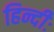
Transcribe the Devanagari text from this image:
हिन्दीः